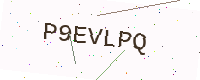
Text: P9EVLPQ